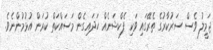
ޖަމީލު ވެސް ސަރުކާރުގެ ތެރޭގައި ވަކި ފެކްޝަނެއް ހަދައިގެން މަސައްކަތް ކުރަން އުޅުމުންނެވެ.